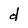
Character: d